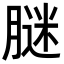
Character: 𦟂